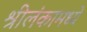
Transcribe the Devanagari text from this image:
श्रीलंकामध्ये